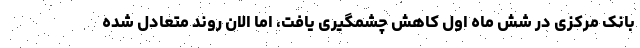
بانک مرکزی در شش ماه اول کاهش چشمگیری یافت، اما الان روند متعادل شده